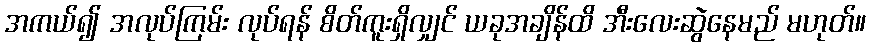
အကယ်၍ အလုပ်ကြမ်း လုပ်ရန် စိတ်ကူးရှိလျှင် ယခုအချိန်ထိ အီးလေးဆွဲနေမည် မဟုတ်။